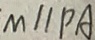
M / / P A